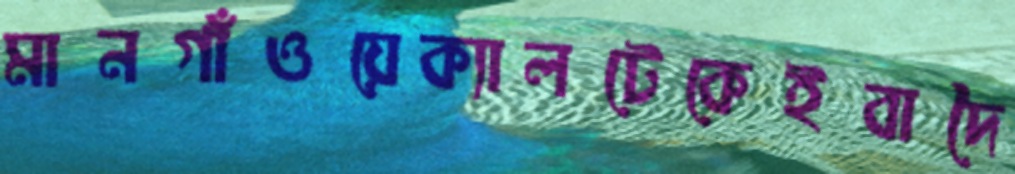
মানগাঁওয়েক্যালটেকেইবাদৈ